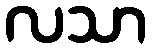
လသာ